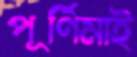
পূর্ণিমাই